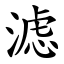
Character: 滤